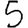
Digit: 5